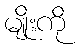
မျိုးကို